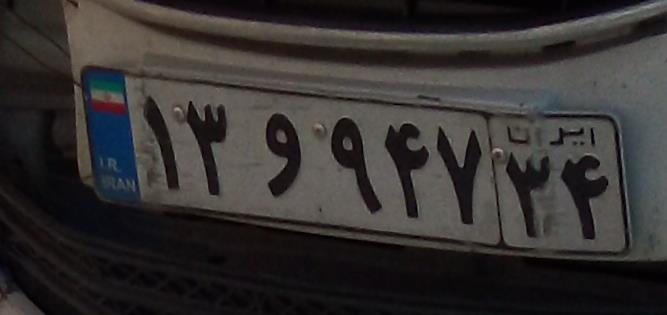
۱۳و۹۴۷۳۴